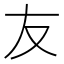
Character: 友